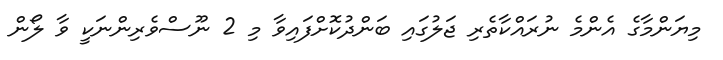
މިޔަންމާގެ އެންމެ ނުރައްކާތެރި ޖަލުގައި ބަންދުކޮށްފައިވާ މި 2 ނޫސްވެރިންނަކީ ވާ ލޯން